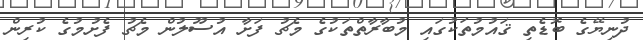
ދުނިޔޭގެ ބޮޑެތި ޤައުމުތަކުގައި މުބާރާތްތަކުގެ މެޗު ފަށާ އުސޫލުން މެޗު ފެށުމުގެ ކުރިން